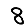
Digit: 8